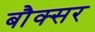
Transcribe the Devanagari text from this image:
बौक्सर